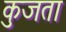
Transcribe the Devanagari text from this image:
कुजता